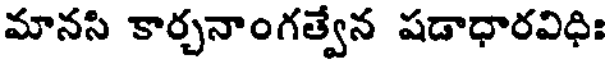
మానసి కార్చనాంగత్వేన షడాధారవిధిః